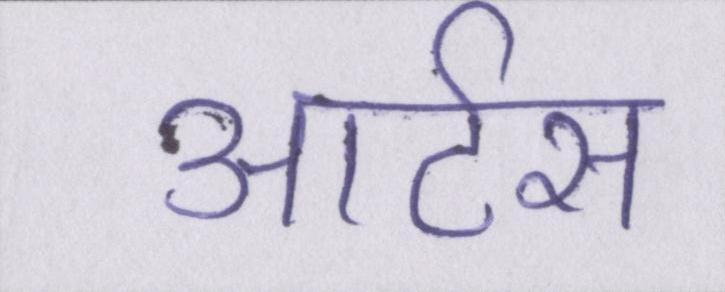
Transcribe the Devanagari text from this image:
आर्टस